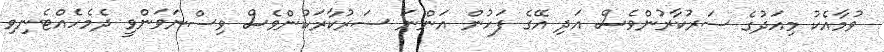
ވުމާއެކު މިއަދުގެ ސަރުކާރުންވެސް އަދި އޭގެ ފަހުން އަންނަ ސަރުކާރަކުންވެސް ވިސްނަވަންވީ ދެމެހެއްޓެނިވި